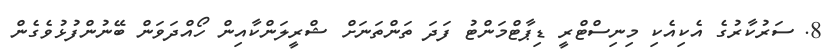
8. ސަރުކާރުގެ އެކިއެކި މިނިސްޓްރީ ޑިޕާޓްމަންޓު ފަދަ ތަންތަނަށް ޝްރީލަންކާއިން ހޯއްދަވަން ބޭނުންފުޅުވެގެން